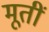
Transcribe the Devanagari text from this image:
मूतीं